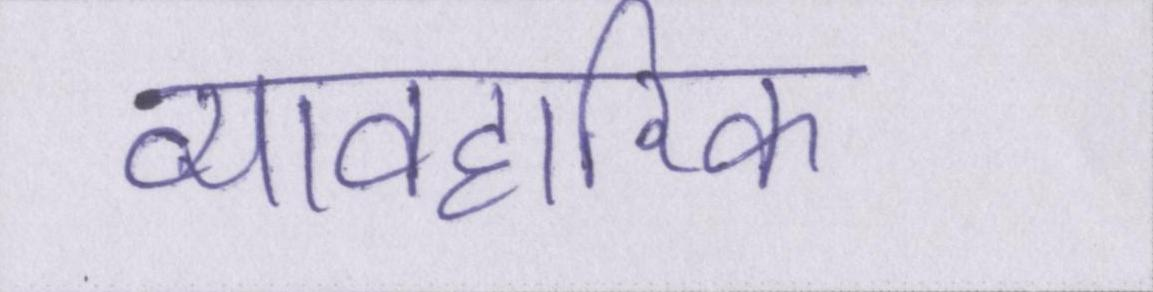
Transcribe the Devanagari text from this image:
व्यावहारिक